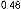
0.48